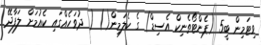
ވިޓަމިން ބީ5 (ޕެންޓޯތެނިކް އެސިޑް) ގެ ކެލަމިން() ( ދުވަހެއްގައި ކެއުމަށް ލަފާދޭ